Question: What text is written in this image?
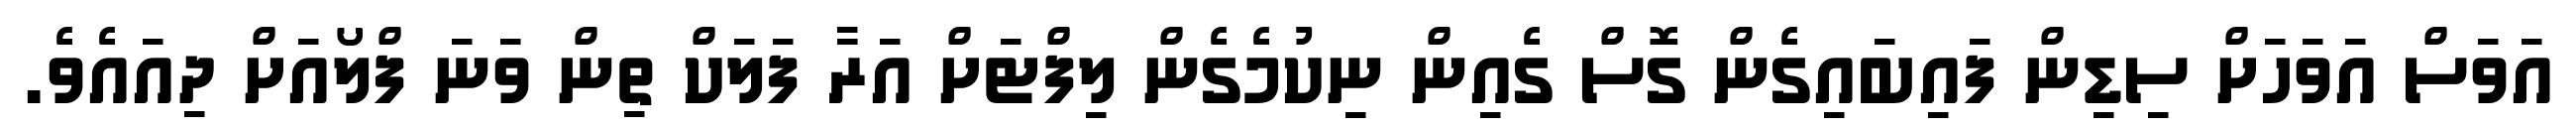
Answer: އަވަސް އަވަހަށް ސިޑިން ފައިބައިގެން ގޮސް ގެއިން ނިކުމެގެން ލިފްޓަށް އަރާ ފަލަކް ތިން ވަނަ ފްލޯއަށް ދިއައެވެ.